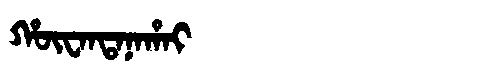
Manchu: ᡥᡡᠸᠠᠨᡨᠠᠨᠠᡥᠠᡳ
Romanization: HŪWANTANAHAI